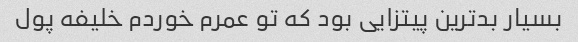
بسیار بد‌ترین پیتزایی بود که تو عمرم خوردم خلیفه پول